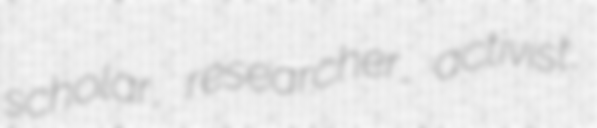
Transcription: scholar, researcher, activist,